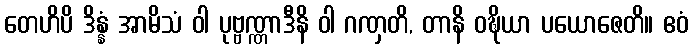
တေဟိပိ ဒိန္နံ အာမိသံ ဝါ ပုဗ္ဗဏ္ဏာဒီနိ ဝါ ဂဏှတိ, တာနိ ဝဍ္ဎိယာ ပယောဇေတိ။ ဧဝံ